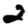
Digit: 2